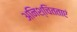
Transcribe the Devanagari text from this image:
अनिश्चितताएं